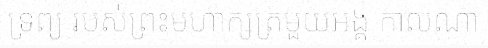
ទ្រព្យ របស់ព្រះមហាក្សត្រមួយអង្គ កាលណា